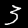
Label: 3